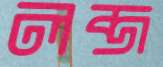
লব্‌জ